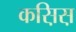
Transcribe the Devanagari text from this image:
कस़िस़